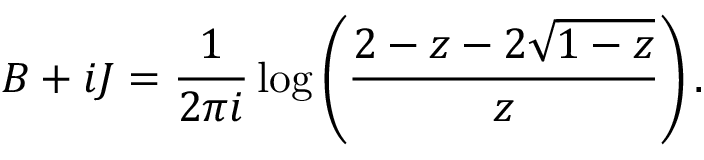
B + i J = \frac 1 { 2 \pi i } \log \left( \frac { 2 - z - 2 \sqrt { 1 - z } } z \right) .